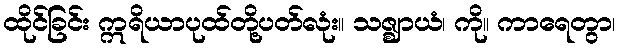
ထိုင်ခြင်း ဣရိယာပုထ်တို့ပတ်လုံး။ သဇ္ဈာယံ၊ ကို။ ကာရေတွာ၊